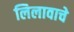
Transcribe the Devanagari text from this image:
लिलावाचे